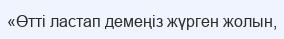
«Өтті ластап демеңіз жүрген жолын,